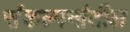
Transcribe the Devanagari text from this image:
संकल्पनांतील